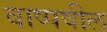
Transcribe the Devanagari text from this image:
वाष्पषील